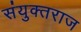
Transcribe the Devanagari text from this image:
संयुक्तराज